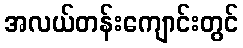
အလယ်တန်းကျောင်းတွင်